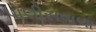
પોલીસવાળા